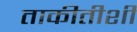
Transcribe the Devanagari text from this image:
ताकीतीशी